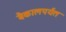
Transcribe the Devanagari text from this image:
बैकालपर्यंत